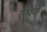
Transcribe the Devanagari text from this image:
ऐष्वर्य